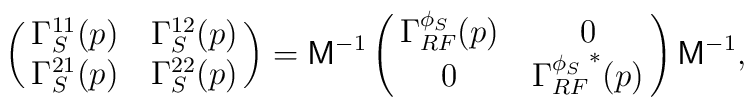
\left(\matrix{\Gamma_S^{11}(p)& \Gamma_S^{12}(p)\cr\Gamma_S^{21}(p)& \Gamma_S^{22}(p)\cr}\right)={\bf\sf M}^{-1}\left(\matrix{\Gamma_{RF}^{\phi_S}(p)& 0\cr0& {\Gamma_{RF}^{\phi_S}}^*(p)\cr}\right){\bf\sf M}^{-1},